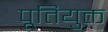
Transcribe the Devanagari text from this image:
पूतियुक्त